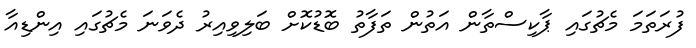
ފުރަތަމަ މެޗުގައި ޕާކިސްތާން އަތުން ތަފާތު ބޮޑުކޮށް ބަލިވިއިރު ދެވަނަ މެޗުގައި އިންޑިއާ